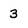
Character: 3